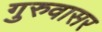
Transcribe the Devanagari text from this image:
गुरुवासर